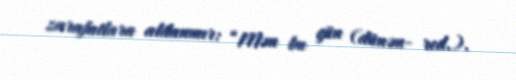
zarafatlara aldanmır: “Mən bu gün (dünən- red.).